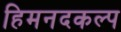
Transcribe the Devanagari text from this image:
हिमनदकल्प